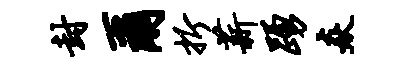
封尔折薪踊焱